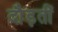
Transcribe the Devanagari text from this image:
दौड़तीं